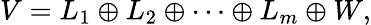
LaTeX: V=L_{1}\oplus L_{2}\oplus\cdots\oplus L_{m}\oplus W,